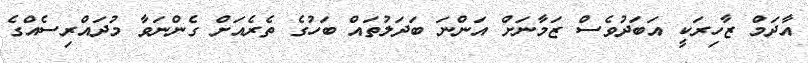
އާދަމް ޒާހިރަކީ އަބަދުވެސް ޒަމާނަށް އަންނަ ބަދަލުތައް ބަހުގެ ތެރެއަށް ގެންނަވާ މުދައްރިސެއްގެ